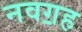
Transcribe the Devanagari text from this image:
नवॻह